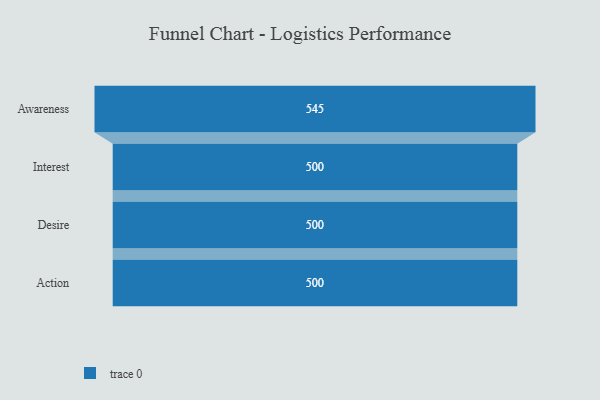
{"axis": {"x": "Stage", "y": "Value"}, "legend": [""], "data": [{"x": "Awareness", "y": 545.0, "type": ""}, {"x": "Interest", "y": 500, "type": ""}, {"x": "Desire", "y": 500, "type": ""}, {"x": "Action", "y": 500, "type": ""}]}